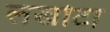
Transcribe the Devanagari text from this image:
लखोटा